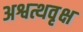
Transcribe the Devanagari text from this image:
अश्वत्थवृक्ष